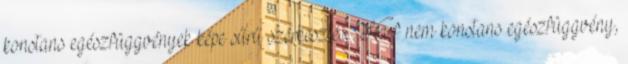
konstans egészfüggvények képe sűrű szerkesztés Ha f nem konstans egészfüggvény,